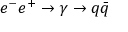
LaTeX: e ^ { - } e ^ { + } \to \gamma \to q { \bar { q } }